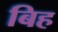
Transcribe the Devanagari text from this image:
बिह